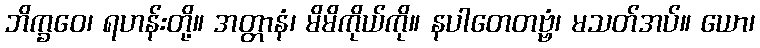
ဘိက္ခဝေ၊ ရဟန်းတို့။ အတ္တာနံ၊ မိမိကိုယ်ကို။ နပါတေတဗ္ဗံ၊ မသတ်အပ်။ ယော၊